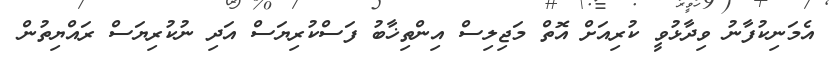
އެމަނިކުފާނު ވިދާޅުވީ ކުރިއަށް އޮތް މަޖިލިސް އިންތިޚާބު ފަސްކުރިޔަސް އަދި ނުކުރިޔަސް ރައްޔިތުން